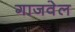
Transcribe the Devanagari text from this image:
गाजवेल